Tartu_Linna_ja_Maakonna_Kaitseliit, lk 42
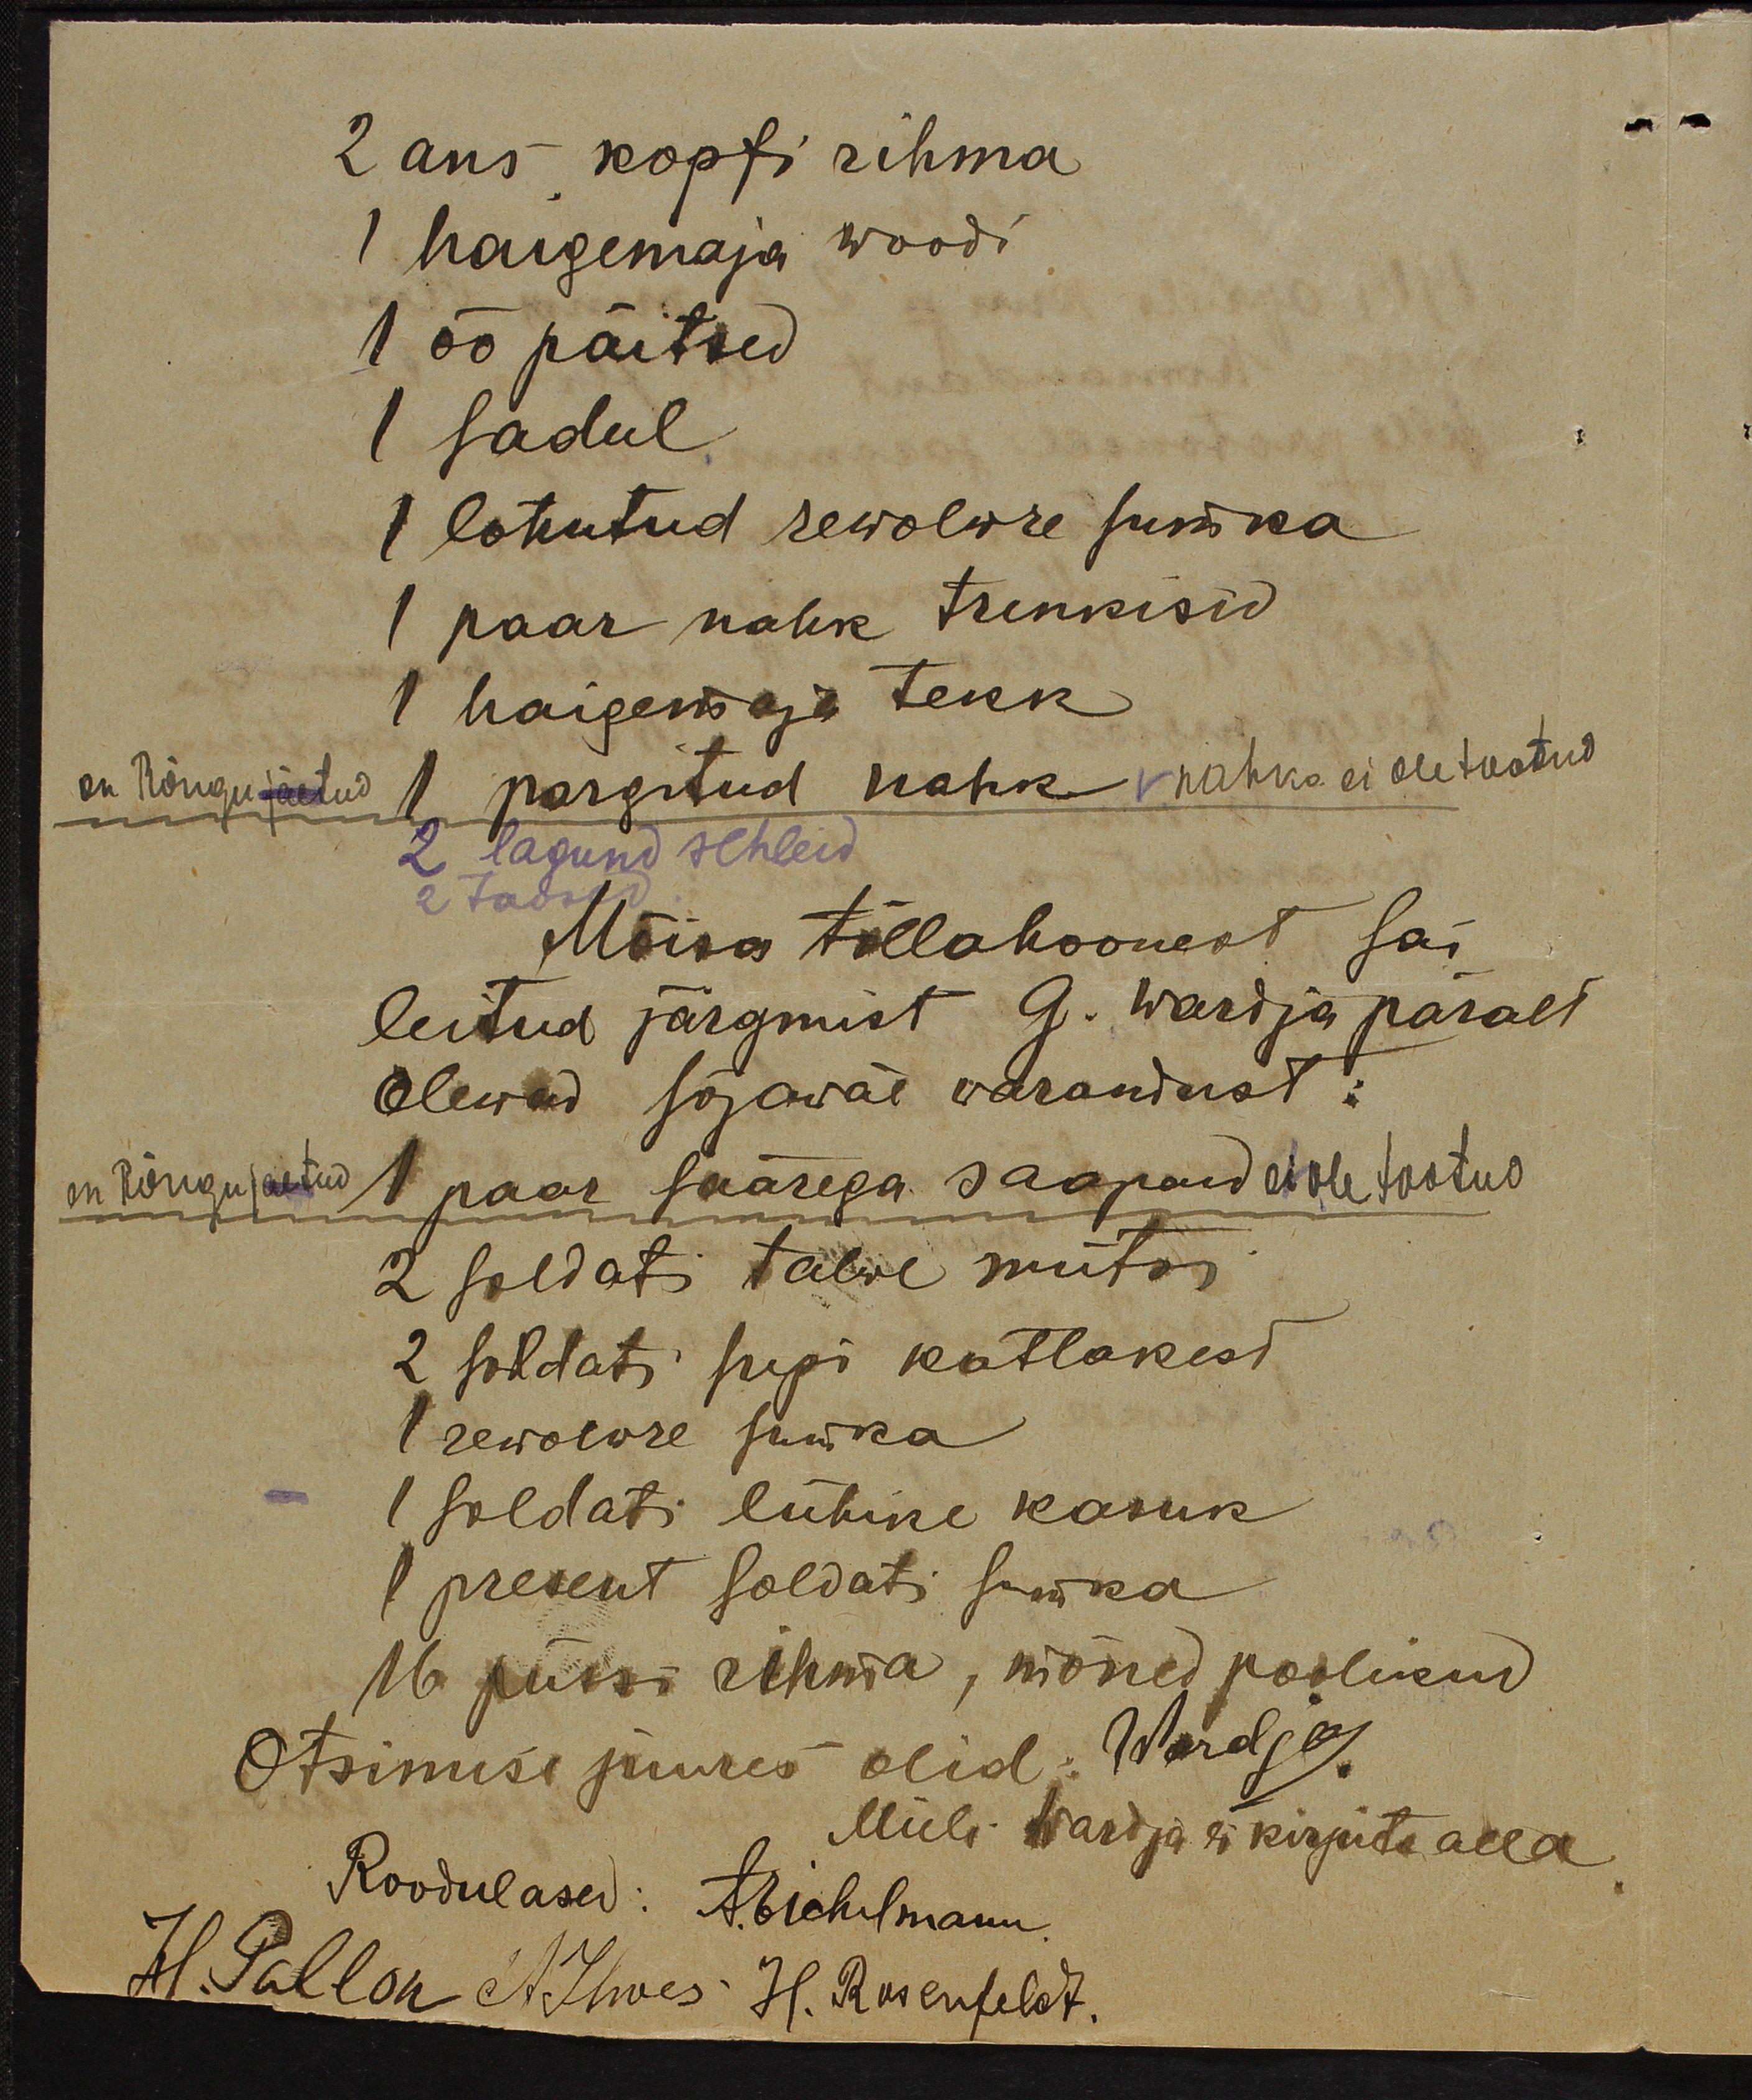
2 aus kopfi rihma
1 haigemaja woodi
1 öö päitsed
1 sadul
1 lohutud rewolwre sumka
1 paar nahk trenkisid
1 haigemaja tekk
on Rõngu jäetud 1 pargitud nahk v nahka ei ole tootud
2 lagund schleid
Mõisa tõllahoonest sai
leitud järgmist 9. wardja päralt
Olewad sõjawäe warandust:
on Rõngu jäetud 1 paar säärega saapad ei ole tootus.
2 soldati talwe mütsi
2 soldati supi katlakest.
1 rewolwe suika
1 soldati lühike kasuk
1 present soldati suika
16 püssi rihma, mõned poolikud
Otsimise juures olid: Wardja
Miili wardja ei kirjuta alla
Roodulased: A Eichelmann
H. Pallon A. Ilwes H. Rosenfeldt.